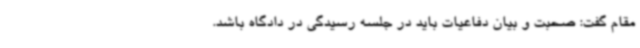
مقام گفت: صحبت و بیان دفاعیات باید در جلسه رسیدگی در دادگاه باشد.